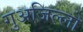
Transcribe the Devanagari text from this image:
गुअजिल्लो